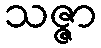
သဇ္ဇာ